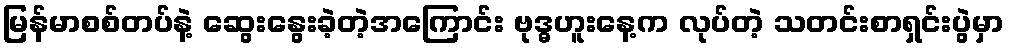
မြန်မာစစ်တပ်နဲ့ ဆွေးနွေးခဲ့တဲ့အကြောင်း ဗုဒ္ဓဟူးနေ့က လုပ်တဲ့ သတင်းစာရှင်းပွဲမှာ